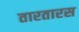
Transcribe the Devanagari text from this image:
तारतारस